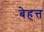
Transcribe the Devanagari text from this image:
बेहत्त